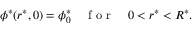
\phi ^ { * } ( r ^ { * } , 0 ) = \phi _ { 0 } ^ { * } \quad \mathrm { ~ f ~ o ~ r ~ } \quad 0 < r ^ { * } < R ^ { * } .